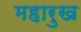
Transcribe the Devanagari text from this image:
महारुख